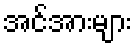
အင်အားများ